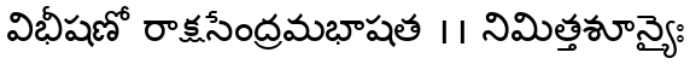
విభీషణో రాక్షసేంద్రమభాషత ।। నిమిత్తశూన్యైః